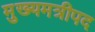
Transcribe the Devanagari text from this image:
मुख्यमत्रीपद